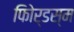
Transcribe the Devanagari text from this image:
फोिर्डस्म